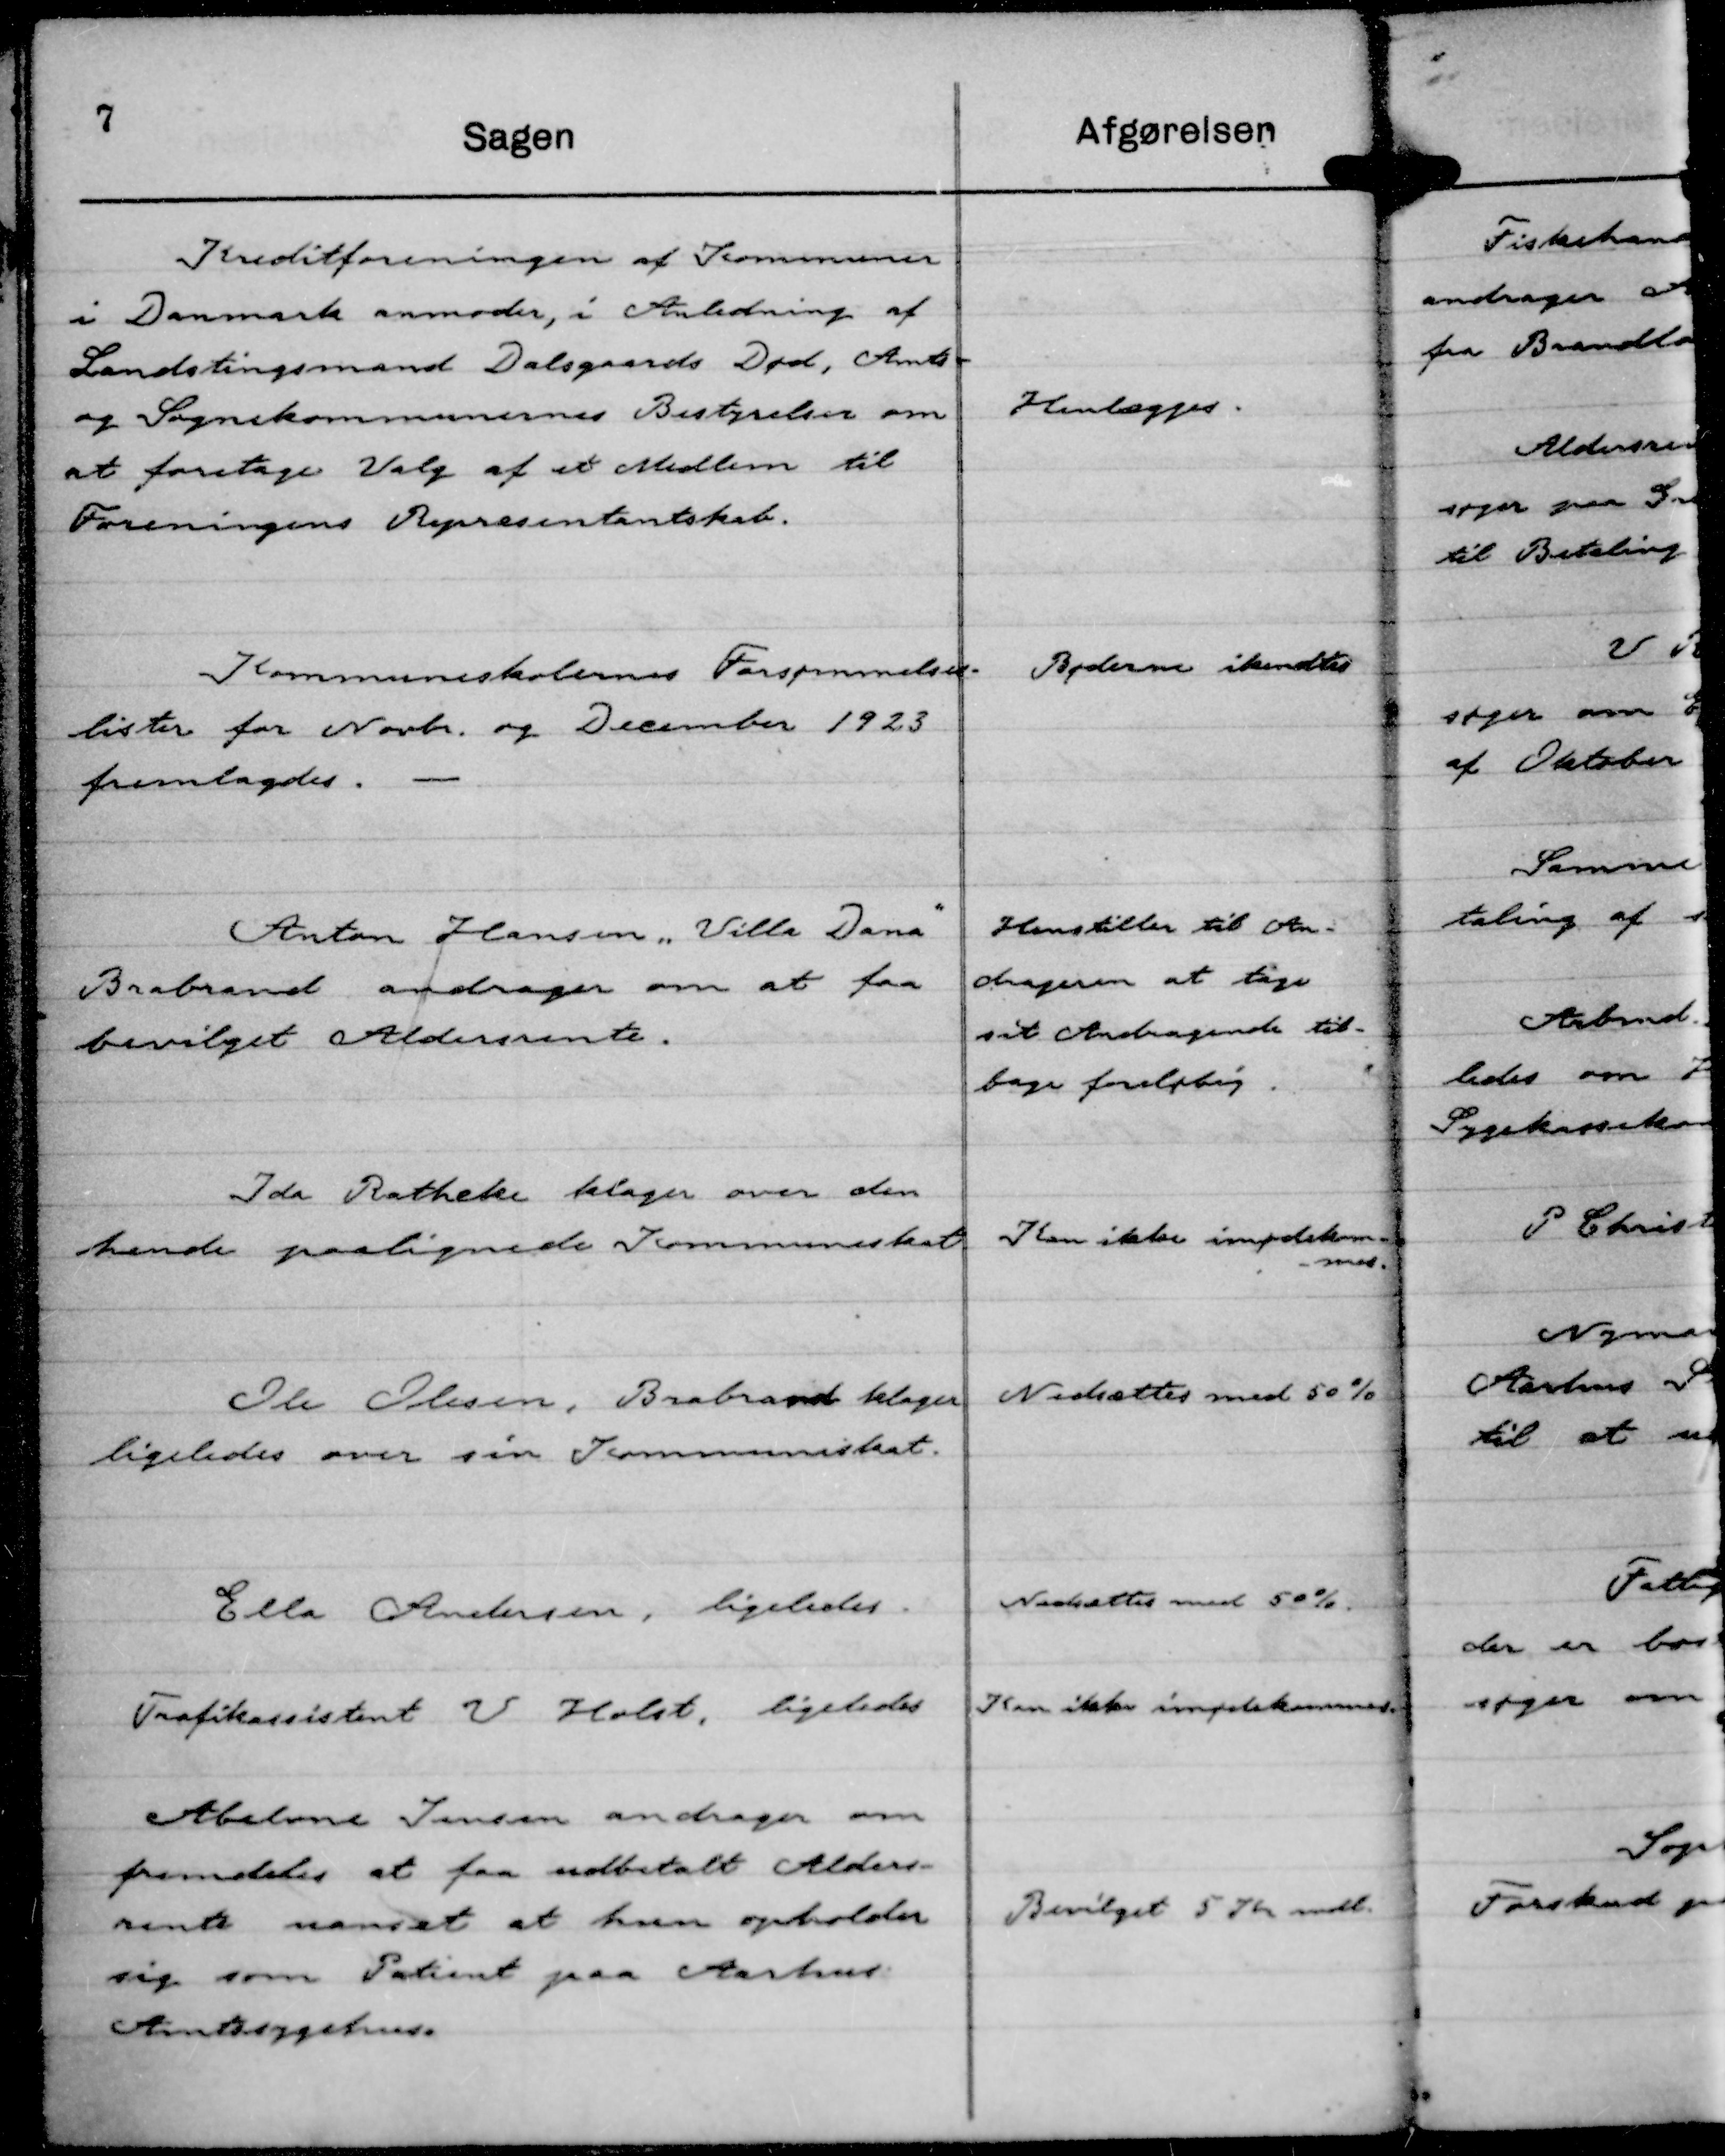
Transskription:
Kreditforeningen af Kommuner
i Danmark anmoder, i Anledning af
Landstingsmand Dalsgaards Død, Amts-
og Sognekommunernes Bestyrelser om
at foretage Valg af et Medlem til
Foreningens Repræsentantskab.

Henlægges.

Kommuneskolernes Forsømmelses-
lister for Novbr. og December 1923
fremlagdes.

Bøderne ikendtes

Anton Hansen "Villa Dana"
Brabrand andrager om at faa
bevilget Aldersrente.

Henstiller til An-
drageren at tage
sit Andragende til-
bage foreløbig.

Ida Ratheke klager over den
hende paalignede Kommuneskat

Kan ikke imødekom-
-mes.

Ole Olesen, Brabrand klager
ligeledes over sin Kommuneskat.

Nedsættes med 50 %

Ella Andersen, ligeledes.

Nedsættes med 50 %

Trafikassistent V. Holst, ligeledes

Kan ikke imødekommes.

Abelone Jensen andrager om
fremdeles at faa udbetalt Alders-
rente uanset at hun opholder
sig som Patient paa Aarhus
Amtssygehus.

Bevilget 5 Kr mdl.